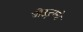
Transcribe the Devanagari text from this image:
बोउज़ग्लो